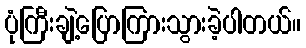
ပုံကြီးချဲ့ပြောကြားသွားခဲ့ပါတယ်။